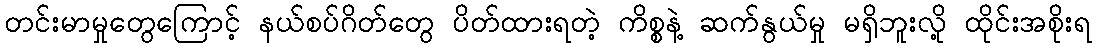
တင်းမာမှုတွေကြောင့် နယ်စပ်ဂိတ်တွေ ပိတ်ထားရတဲ့ ကိစ္စနဲ့ ဆက်နွယ်မှု မရှိဘူးလို့ ထိုင်းအစိုးရ